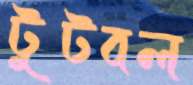
টুটবল